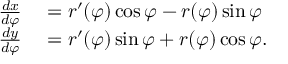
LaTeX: \begin{array} { r l } { { \frac { d x } { d \varphi } } } & { { } = r ^ { \prime } ( \varphi ) \cos \varphi - r ( \varphi ) \sin \varphi } \\ { { \frac { d y } { d \varphi } } } & { { } = r ^ { \prime } ( \varphi ) \sin \varphi + r ( \varphi ) \cos \varphi . } \end{array}